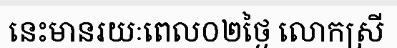
នេះមានរយៈពេល០២ថ្ងៃ លោកស្រី